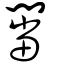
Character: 闣